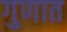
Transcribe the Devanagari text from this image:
गुणात